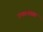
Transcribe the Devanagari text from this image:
उपवनांसह